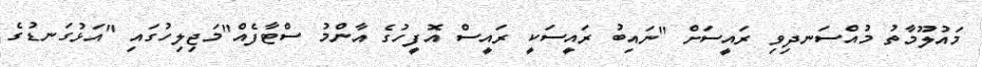
މައުލޫމާތު މުއްސަނދިވި ރައީސަށް "ނައިބު ރައީސަކީ ރައީސް އޮފީހުގެ އާންމު ސްޓާފެއް"މަޖިލިހުގައި "އަޅުގަނޑުގެ